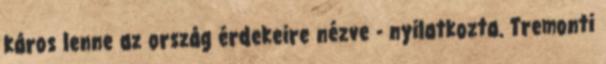
káros lenne az ország érdekeire nézve - nyilatkozta. Tremonti